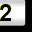
Digit: 2